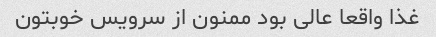
غذا واقعا عالی بود ممنون از سرویس خوبتون